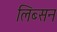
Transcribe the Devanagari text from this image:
लिब्सन